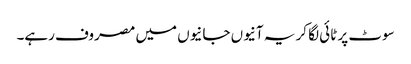
سوٹ پر ٹائی لگا کر یہ آنیوں جانیوں میں مصروف رہے۔